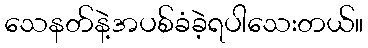
သေနတ်နဲ့အပစ်ခံခဲ့ရပါသေးတယ်။